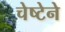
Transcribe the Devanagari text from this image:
चेष्टेने